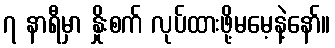
၇ နာရီမှာ နှိုးစက် လုပ်ထားဖို့မမေ့နဲ့နော်။